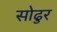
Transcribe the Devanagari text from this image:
सोढुर